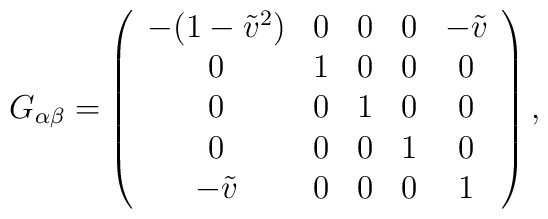
G_{\alpha\beta} = \left(\begin{array}{ccccc}                                                           - (1 - \tilde v^2)&0&0&0&- \tilde v\\                                  0&1&0&0&0\\                                  0&0&1&0&0\\                                  0&0&0&1&0\\                                 -\tilde v&0&0&0&1\end{array}\right),